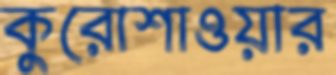
কুরোশাওয়ার